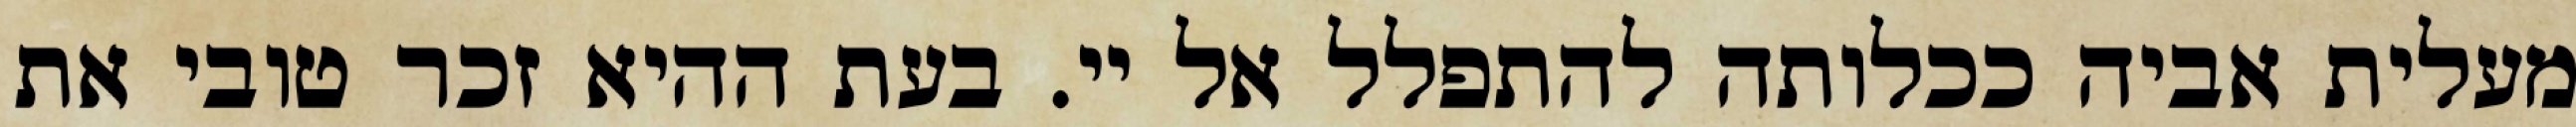
מעלית אביה ככלותה להתפלל אל יי. בעת ההיא זכר טובי את